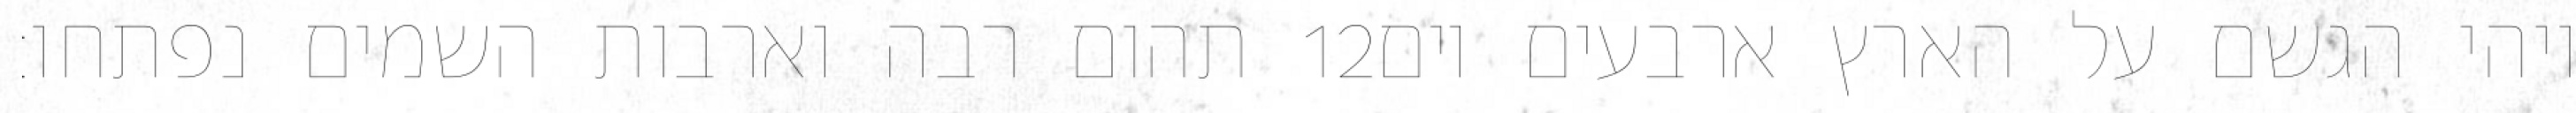
תהום רבה וארבות השמים נפתחו׃ ‎12‏ ויהי הגשם על הארץ ארבעים יום